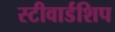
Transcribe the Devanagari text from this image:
स्टीवार्डशिप